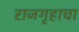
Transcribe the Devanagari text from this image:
राजगृहाचा